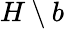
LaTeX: H\setminus b